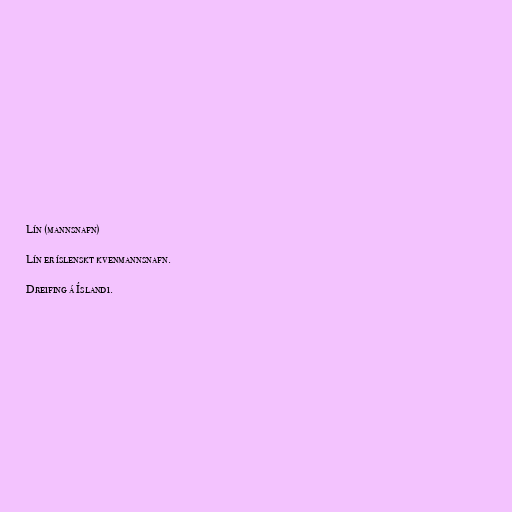
Lín (mannsnafn)

Lín er íslenskt kvenmannsnafn.

Dreifing á Íslandi.